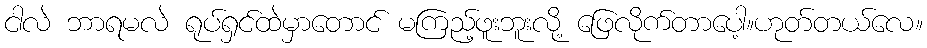
ငါလဲ ဘာရမလဲ ရုပ်ရှင်ထဲမှာတောင် မကြည့်ဖူးဘူးလို့ ဖြေလိုက်တာပေါ့။ဟုတ်တယ်လေ။